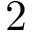
2